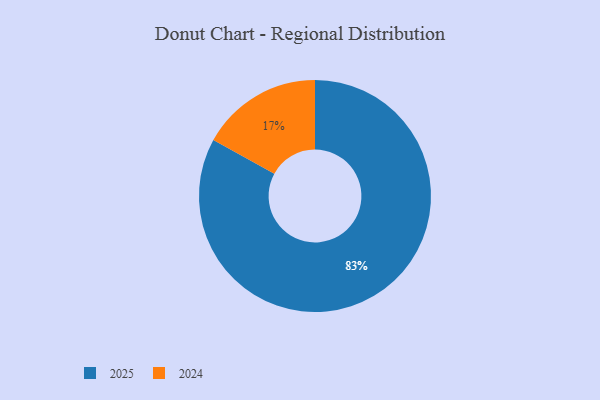
{"axis": {"x": "Category", "y": "Percentage"}, "legend": ["2024", "2025"], "data": [{"x": "2024", "y": 17, "type": "2024"}, {"x": "2025", "y": 83, "type": "2025"}]}